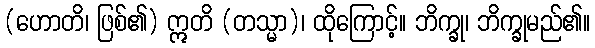
(ဟောတိ၊ ဖြစ်၏) ဣတိ (တသ္မာ)၊ ထိုကြောင့်။ ဘိက္ခု၊ ဘိက္ခုမည်၏။